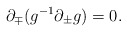
\begin{align*}{\partial}_{\mp}(g^{-1}{\partial}_{\pm}g)=0.\end{align*}